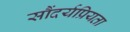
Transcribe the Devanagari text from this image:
सौंदर्यप्रियता